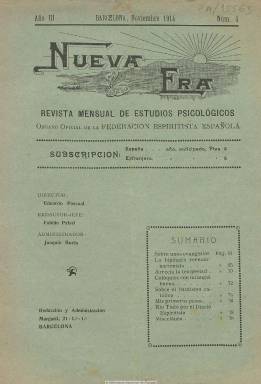
Título: Nueva era (Barcelona. 1912)
Colección: Espiritismo
Ámbito geográfico: Barcelona
Lugar de publicación: Barcelona
Fechas: 01/11/1914-30/11/1914

Subtitulada “revista mensual de estudios psicológicos”, es órgano de la Federación Espiritista Española. Su director es Eduardo Pascual; redactor-jefe, Fabián Palasí, y administrador, Joaquín Burés. Debió comenzar su publicación en agosto de 1912. La Biblioteca Nacional de España dispone del número 4, correspondiente a noviembre de 1914, en su tercer año de edición. Se trata de una entrega de 16 páginas, más otras cuatro de cubierta, compuesta a dos columnas, con textos sobre la actividad del movimiento espiritista en España.